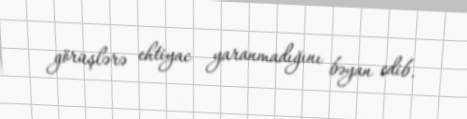
görüşlərə ehtiyac yaranmadığını bəyan edib.